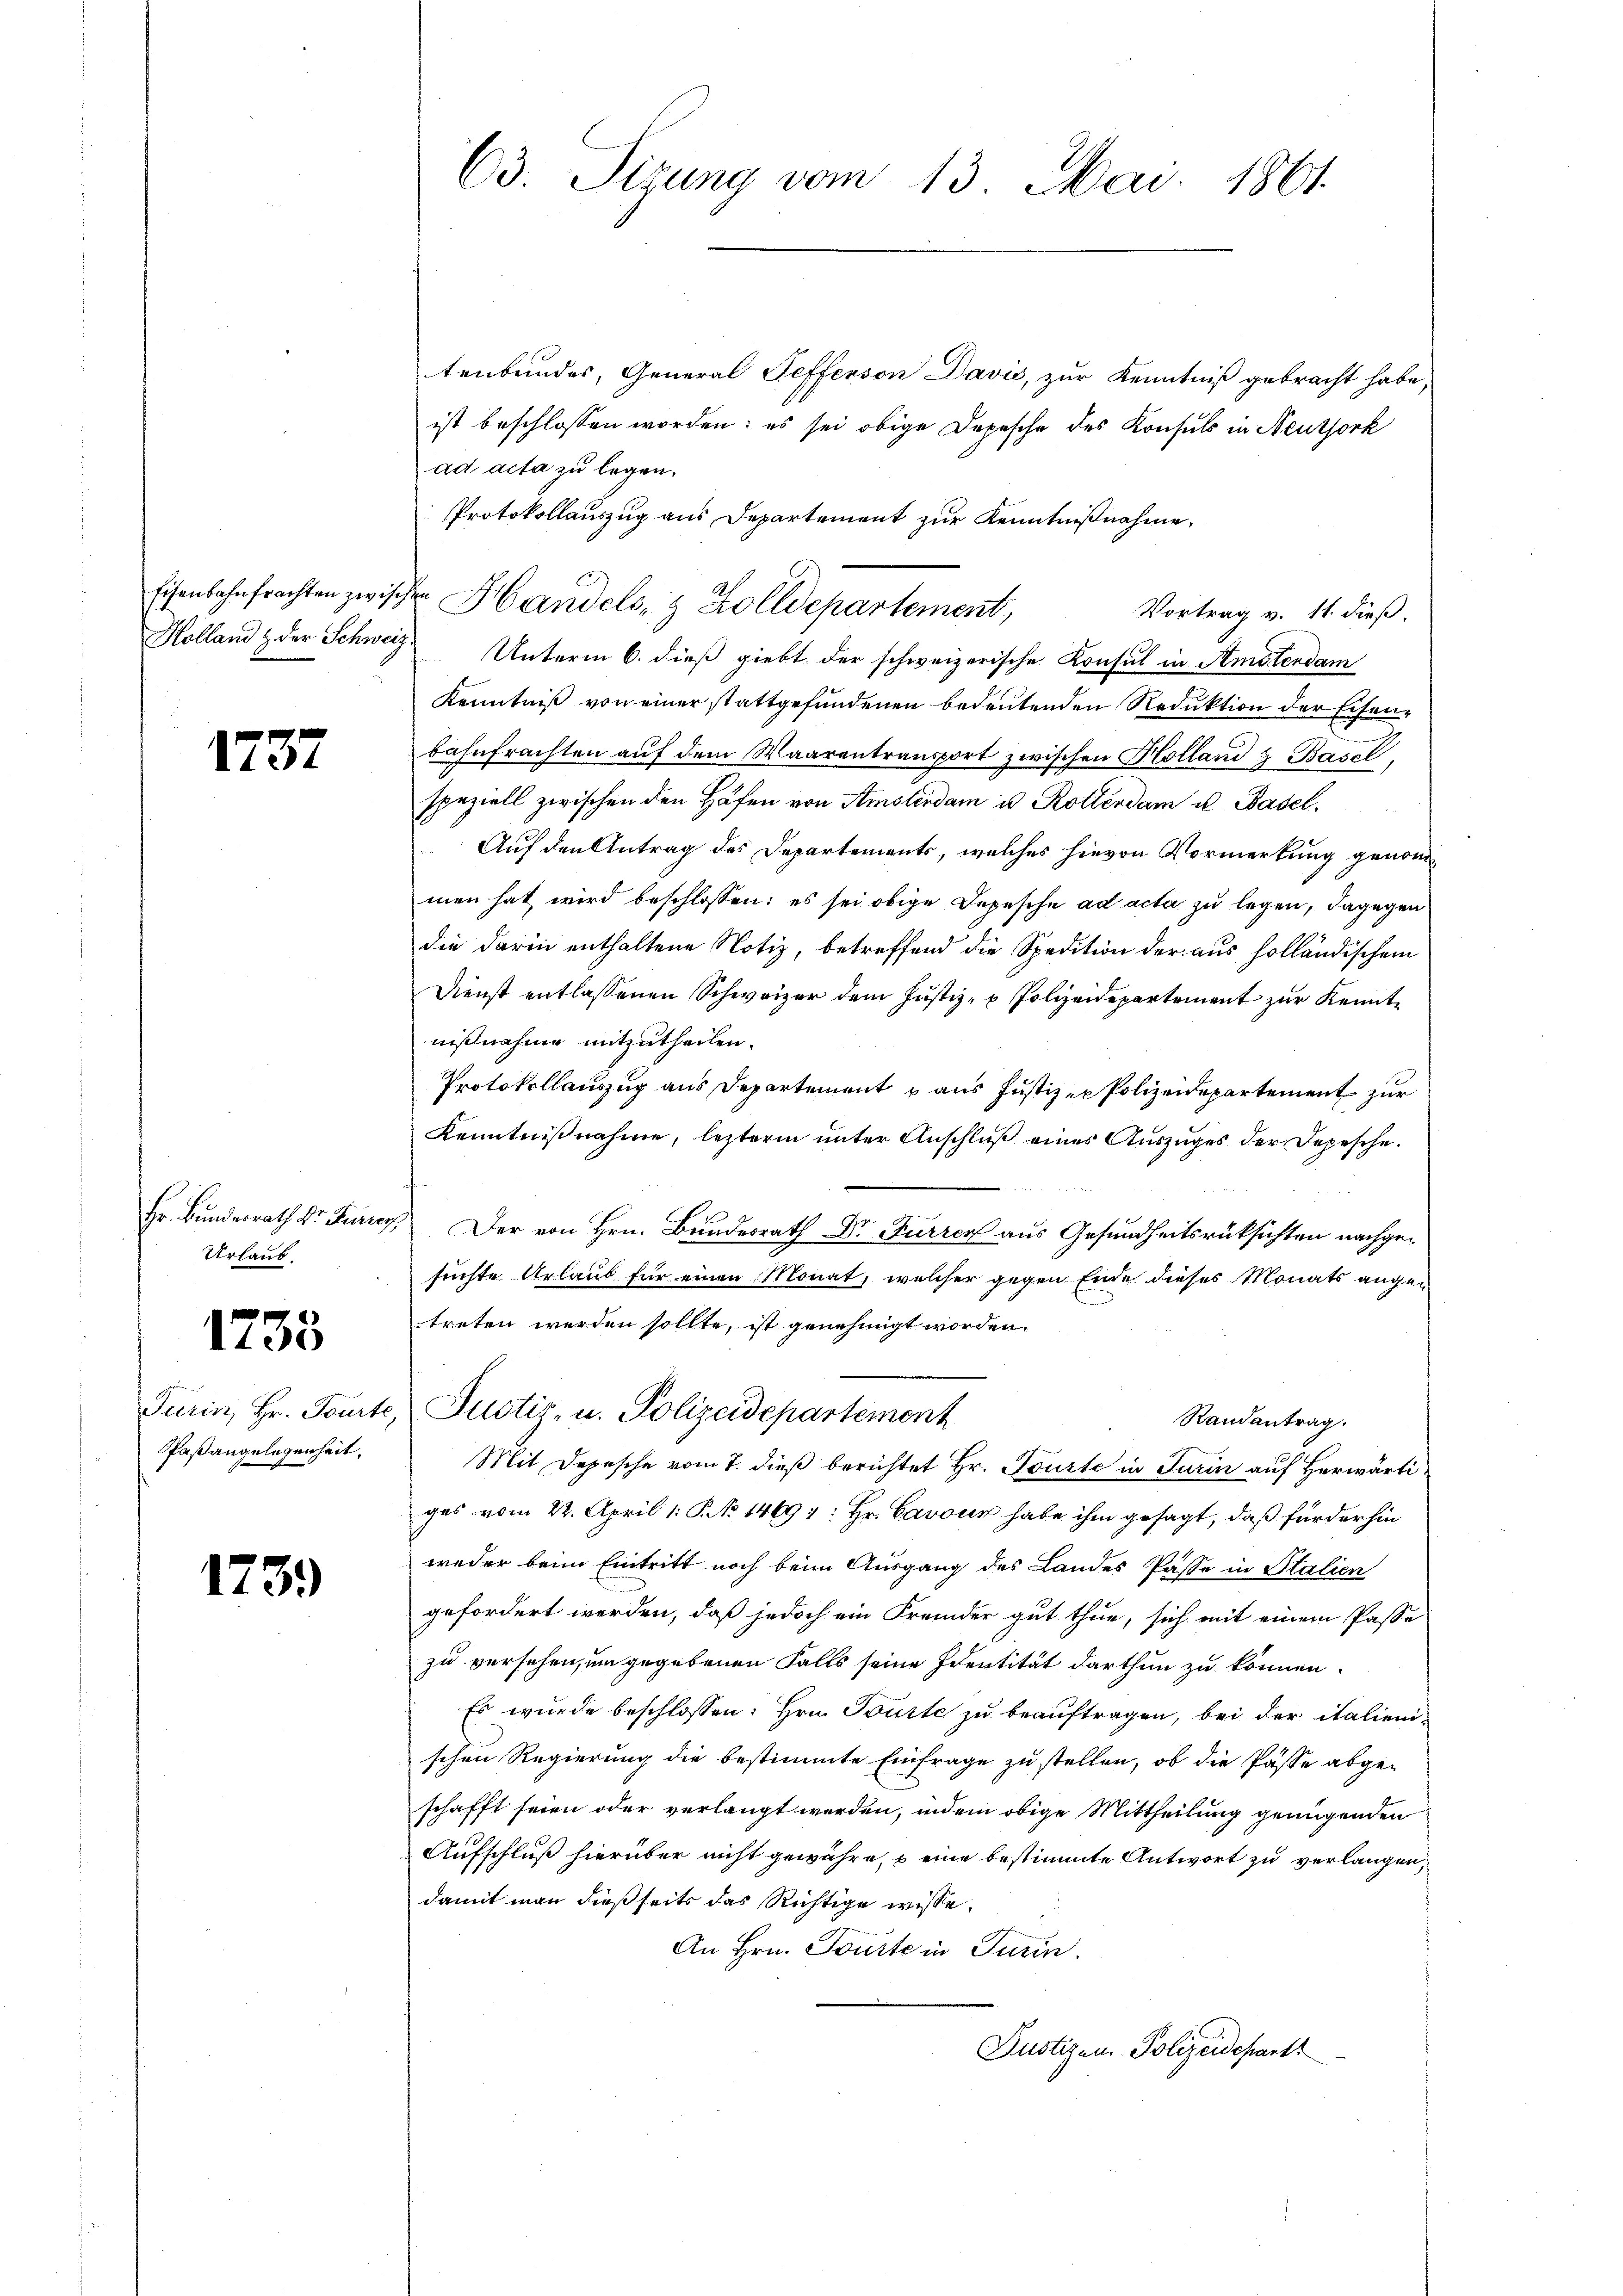
1737

Urlaub.

1733

Paßangelegenheit.

1739

tenbundes, General Pefferson Davić, zur Kenntniß gebracht habe,
ist beschlossen worden; es sei obige Depesche des Konsuls in Neuthork
ad acta zu legen.
Protokollauszug aus Departement zur Kenntnißnahme.
Eisenbahnfrachten zwischen Handels- & Zolldepartement,
Vortrag v. 11. dieß.
Holland & der Schweiz. Unterm 6. dieß giebt der schweizerische Konsul in Amstendam
Kenntniß von einer stattgefundenen bedeutenden Reduktion der Eisenbahnfrachten aŭf dem Waarentransport zwischen Holland & Basel
speziell zwischen den Höfen von Amsterdam u. Rotterdam u. Basel.
Auf den Antrag des Departements, welches hievon Vormerkung genommen hat wird beschlossen: es sei obige Depesche ad acta zu legen, dagegen
die darin enthaltene Notiz, betreffend die Spedition der aus holländischem
Dienst entlassenen Schweizer dem Justiz- & Polizeidepartement zur Kennte
nißnahme mitzutheilen.
Protokollauszug aus Departement aus Justiz- & Polizeidepartement zur
Kenntnißnahme, lezterm unter Anschluß eines Auszuges der Depesche.
Hr. Bundesrath Dr. Furrer. Der von Hrn. Bundesrath Dr Furren aus Gesundheitsrücksichten nachgesuchte Urlaub für einen Monat, welcher gegen Ende dieses Monats augen
treten werden sollte, ist genehmigt worden.
Turin, Hr. Tourte, Justiz- u. Polizeidepartement
Randantrag.
Mit Depesche vom 7. dieß berichtet Hr. Tourte in Turin auf Herwärti
ges vom 22. April 1. P. No 14691: Hr. Cavous habe ihm gesagt, daß für der hin
weder beim Eintritt noch beim Ausgang des Landes Pässe in Stalien
gefordert werden, daß jedoch ein Fremder gut thue, sich mit einem Pässe
zu versehen, um gegebenen Falls seine Identität darthun zu können.
Es wurde beschlossen: Hrn. Bürte zu beauftragen, bei der italienischen Regierung die bestimmte Einfrage zu stellen, ob die Pässe abgeschafft seien oder verlangt werden, indem obige Mittheilung genügenden
Aufschluß hierüber nicht gewähre, eine bestimmte Antwort zu verlangen,
damit man dießseits das Richtige wisse.
An Hrn. Tourte in Turin.
Justizen Polizeidepart

63. Sizung vom 13. Mai 1861